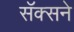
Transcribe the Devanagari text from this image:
सॅक्सने